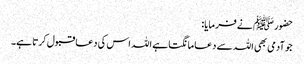
حضور ﷺ نے فرمایا:
جو آدمی بھی اللہ سے دعا مانگتا ہے اللہ اس کی دعا قبول کرتا ہے۔